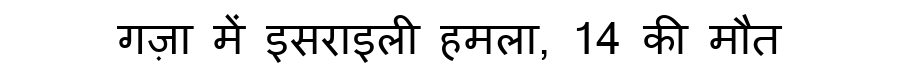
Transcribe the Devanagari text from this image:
गज़ा में इसराइली हमला, 14 की मौत